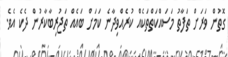
ގޮތުން ވަރަށް ތަފާތު މަސައްކަތްތަކެއް ކުރެއްވިދާނެ ކަމަށް ބައެއް ތަޖުރިބާކާރުން ދެކެ އެވެ.